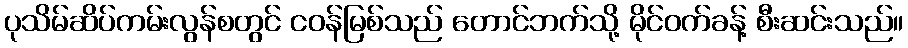
ပုသိမ်ဆိပ်ကမ်းလွန်စတွင် ငဝန်မြစ်သည် တောင်ဘက်သို့ မိုင်ဝက်ခန့် စီးဆင်းသည်။